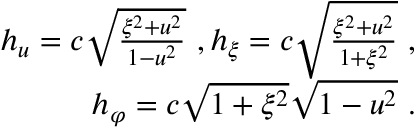
\begin{array} { r } { h _ { u } = c \sqrt { \frac { \xi ^ { 2 } + u ^ { 2 } } { 1 - u ^ { 2 } } } \ , h _ { \xi } = c \sqrt { \frac { \xi ^ { 2 } + u ^ { 2 } } { 1 + \xi ^ { 2 } } } \ , \ } \\ { h _ { \varphi } = c \sqrt { 1 + \xi ^ { 2 } } \sqrt { 1 - u ^ { 2 } } \ . \ } \end{array}